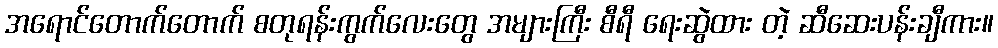
အရောင်တောက်တောက် စတုရန်းကွက်လေးတွေ အများကြီး စီရီ ရေးဆွဲထား တဲ့ ဆီဆေးပန်းချီကား။